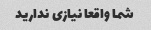
شما واقعا نیازی ندارید